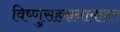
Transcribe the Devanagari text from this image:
विष्णुसहस्रनामावर